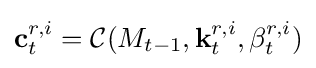
\mathbf {c} _{t}^{r,i}={\mathcal {C}}(M_{t-1},\mathbf {k} _{t}^{r,i},\beta _{t}^{r,i})